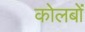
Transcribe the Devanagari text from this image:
कोलबों